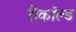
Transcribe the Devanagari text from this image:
रीकॉल्ड